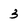
Character: 3